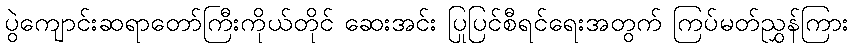
ပွဲကျောင်းဆရာတော်ကြီးကိုယ်တိုင် ဆေးအင်း ပြုပြင်စီရင်ရေးအတွက် ကြပ်မတ်ညွှန်ကြား